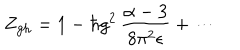
LaTeX: Z _ { \mathrm { g h } } = 1 - \hbar g ^ { 2 } \, \frac { \alpha - 3 } { 8 \pi ^ { 2 } \epsilon } + \cdots